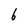
Character: 6